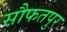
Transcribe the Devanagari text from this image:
सौफतपुर